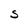
Character: S